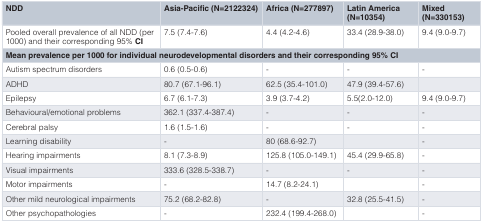
<table><thead><tr><td><b>NDD</b></td><td><b>Asia-Pacific (N=2122324)</b></td><td><b>Africa (N=277897)</b></td><td><b>Latin America(N=10354)</b></td><td><b>Mixed(N=330153)</b></td></tr></thead><tbody><tr><td>Pooled overall prevalence of all NDD (per1000) and their corresponding 95%<b>CI</b></td><td>7.5 (7.4-7.6) </td><td>4.4 (4.2-4.6)</td><td>33.4 (28.9-38.0)</td><td>9.4 (9.0-9.7)</td></tr><tr><td colspan="5"><b>Mean prevalence per 1000 for individual neurodevelopmental disorders and their corresponding 95% CI</b></td></tr><tr><td>Autism spectrum disorders</td><td>0.6 (0.5-0.6)</td><td>-</td><td>-</td><td>-</td></tr><tr><td>ADHD </td><td>80.7 (67.1-96.1)</td><td>62.5 (35.4-101.0)</td><td>47.9 (39.4-57.6)</td><td>[EMPTY_CELL]</td></tr><tr><td>Epilepsy</td><td>6.7 (6.1-7.3)</td><td>3.9 (3.7-4.2)</td><td>5.5(2.0-12.0)</td><td>9.4 (9.0-9.7)</td></tr><tr><td>Behavioural/emotional problems</td><td>362.1 (337.4-387.4)</td><td>-</td><td>-</td><td>-</td></tr><tr><td>Cerebral palsy</td><td>1.6 (1.5-1.6)</td><td>-</td><td>-</td><td>-</td></tr><tr><td>Learning disability</td><td>-</td><td>80 (68.6-92.7)</td><td>[EMPTY_CELL]</td><td>-</td></tr><tr><td>Hearing impairments</td><td>8.1 (7.3-8.9)</td><td>125.8 (105.0-149.1)</td><td>45.4 (29.9-65.8)</td><td>-</td></tr><tr><td>Visual impairments</td><td>333.6 (328.5-338.7)</td><td>-</td><td>-</td><td>-</td></tr><tr><td>Motor impairments</td><td>-</td><td>14.7 (8.2-24.1)</td><td>[EMPTY_CELL]</td><td>-</td></tr><tr><td>Other mild neurological impairments</td><td>75.2 (68.2-82.8)</td><td>-</td><td>32.8 (25.5-41.5)</td><td>-</td></tr><tr><td>Other psychopathologies</td><td>-</td><td>232.4 (199.4-268.0)</td><td>[EMPTY_CELL]</td><td>-</td></tr></tbody></table>